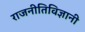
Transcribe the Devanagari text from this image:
राजनीतिविज्ञानी